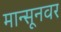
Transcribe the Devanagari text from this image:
मान्सूनवर